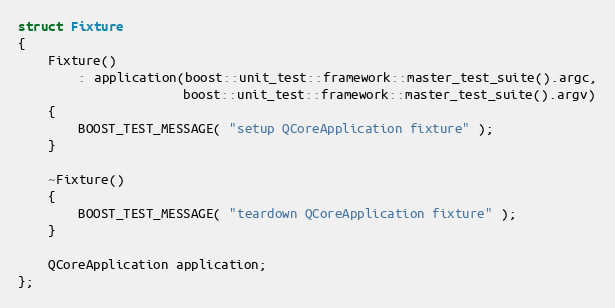
Language: C++
struct Fixture
{
    Fixture()
        : application(boost::unit_test::framework::master_test_suite().argc,
                      boost::unit_test::framework::master_test_suite().argv)
    {
        BOOST_TEST_MESSAGE( "setup QCoreApplication fixture" );
    }

    ~Fixture()
    {
        BOOST_TEST_MESSAGE( "teardown QCoreApplication fixture" );
    }

    QCoreApplication application;
};